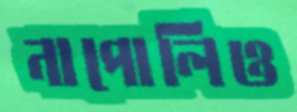
নাপোলিও